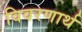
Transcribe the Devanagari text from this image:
विवरणार्थ